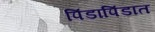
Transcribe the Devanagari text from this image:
पिंडापिंडात